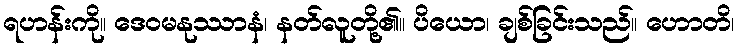
ရဟန်းကို။ ဒေဝမနုဿာနံ၊ နတ်လူတို့၏။ ပိယော၊ ချစ်ခြင်းသည်။ ဟောတိ၊